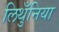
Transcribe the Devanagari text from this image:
लिथुँनिया